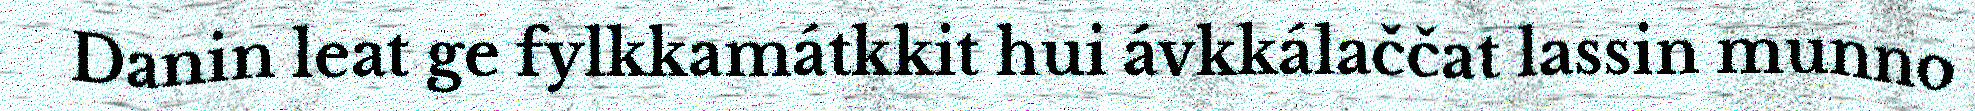
Danin leat ge fylkkamátkkit hui ávkkálaččat lassin munno